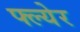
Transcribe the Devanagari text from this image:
फ्ल्येर